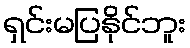
ရှင်းမပြနိုင်ဘူး